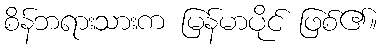
စိန်ဘရားသားက မြန်မာပိုင် ဖြစ်၏။